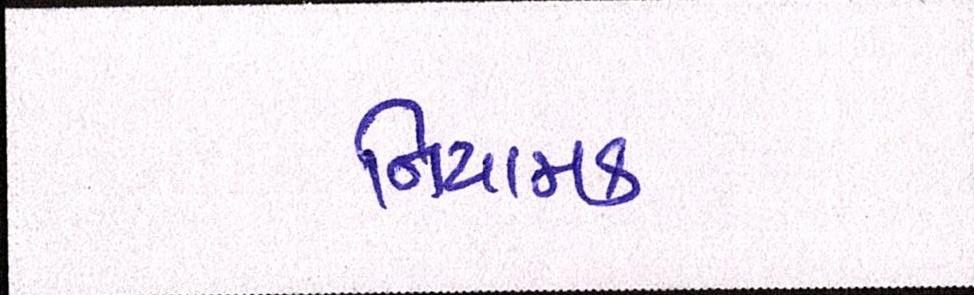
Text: નિયામક